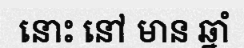
នោះ នៅ មាន ឆ្នាំ